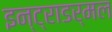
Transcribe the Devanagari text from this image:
इन्ट्राडर्मल